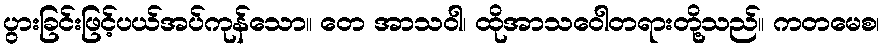
ပွားခြင်းဖြင့်ပယ်အပ်ကုန်သော။ တေ အာသဝါ၊ ထိုအာသဝေါတရားတို့သည်။ ကတမေစ၊